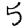
Digit: 5